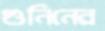
গুনিনের